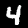
Digit: 4